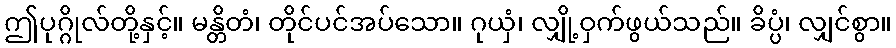
ဤပုဂ္ဂိုလ်တို့နှင့်။ မန္တိတံ၊ တိုင်ပင်အပ်သော။ ဂုယှံ၊ လျှို့ဝှက်ဖွယ်သည်။ ခိပ္ပံ၊ လျှင်စွာ။